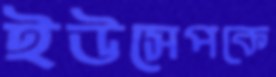
ইউসেপকে